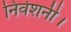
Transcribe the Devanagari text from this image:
निवेशनी।